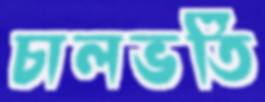
চালভর্তি